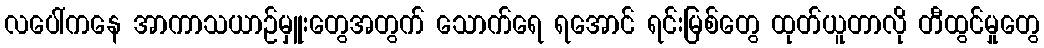
လပေါ်ကနေ အာကာသယာဉ်မှူးတွေအတွက် သောက်ရေ ရအောင် ရင်းမြစ်တွေ ထုတ်ယူတာလို တီထွင်မှုတွေ